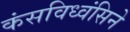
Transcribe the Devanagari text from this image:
कंसविध्वंसिने